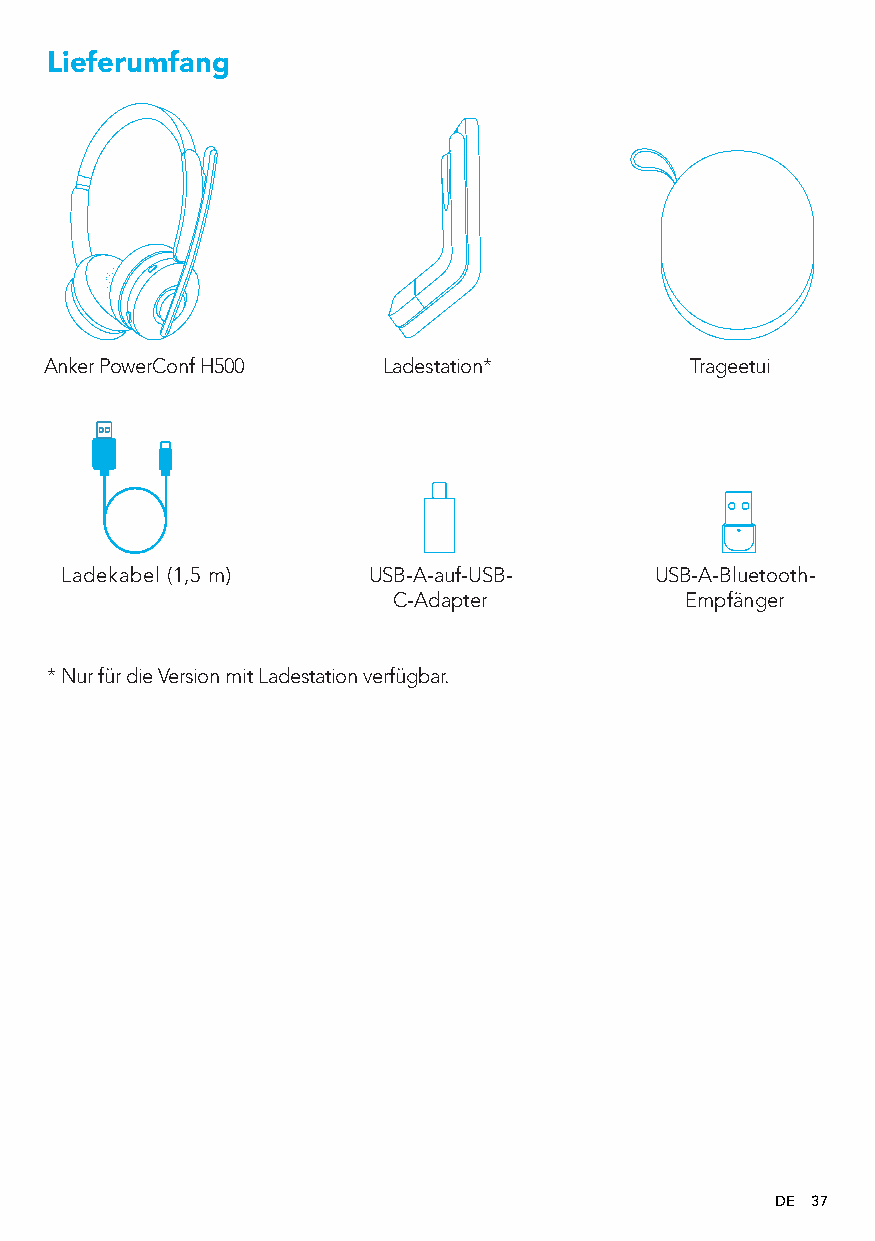
Lieferumfang
 Anker PowerConf H500  Ladestation*         Trageetui
 Ladekabel (1,5 m)   USB-A-auf-USB-     USB-A-Bluetooth-
 C-Adapter          Empfänger
 * Nur für die Version mit Ladestation verfügbar.
 DE 37